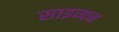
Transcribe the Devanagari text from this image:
साइव्यन